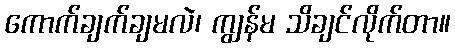
ကောက်ချက်ချမလဲ၊ ကျွန်မ သိချင်လိုက်တာ။